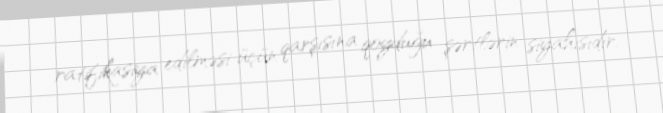
ratifikasiya edilməsi üçün qarşısına qoyduğu şərtlərin siyahısıdır.